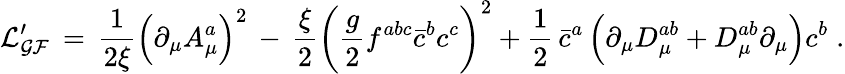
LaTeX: \mathcal{L_{GF}^{\prime}}\, =\, \frac{1}{2\xi}\Big(\partial_{\mu}A_{\mu}^{a}\Big)^{2}\, -\, \frac{\xi}{2}\bigg(\frac{g}{2}f^{abc}\bar{c}^{b}c^{c}\bigg)^{2}+\frac{1}{2}\, \bar{c}^{a}\, \Big(\partial_{\mu}D_{\mu}^{ab}+D_{\mu}^{ab}\partial_{\mu}\Big)c^{b}\; .